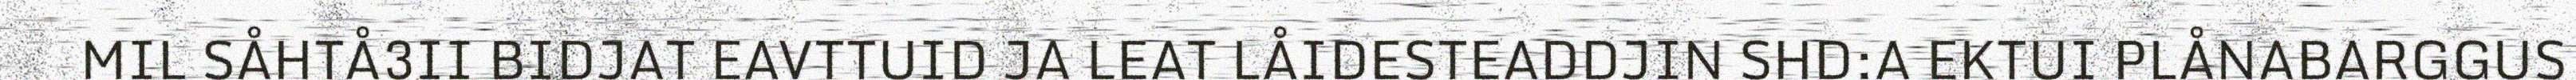
MIL SÅHTÅ3II BIDJAT EAVTTUID JA LEAT LÅIDESTEADDJIN SHD:A EKTUI PLÅNABARGGUS